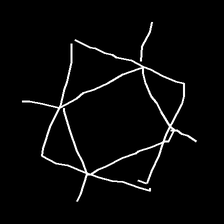
Glyph: light